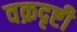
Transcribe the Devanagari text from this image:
वक्रदृष्टी